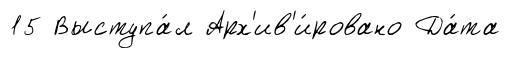
15 Выступа́л Арх'ив'и́ровано Да́та